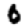
Digit: 0